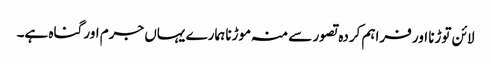
لائن توڑنا اور فراہم کردہ تصور سے منہ موڑنا ہمارے یہاں جرم اور گناہ ہے۔